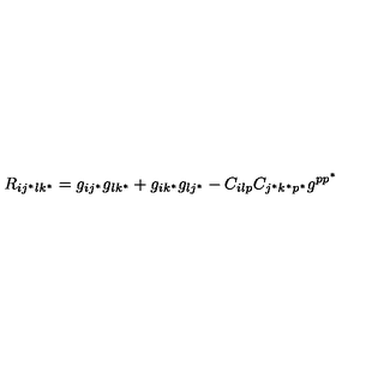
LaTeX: R _ { i j ^ { * } l k ^ { * } } = g _ { i j ^ { * } } g _ { l k ^ { * } } + g _ { i k ^ { * } } g _ { l j ^ { * } } - C _ { i l p } C _ { j ^ { * } k ^ { * } p ^ { * } } g ^ { p p ^ { * } }